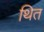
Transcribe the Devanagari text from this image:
थित